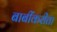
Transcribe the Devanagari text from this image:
बाबींकरीता